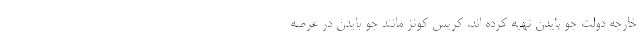
خارجه دولت جو بایدن تهیه کرده اند. کریس کونز مانند جو بایدن در عرصه